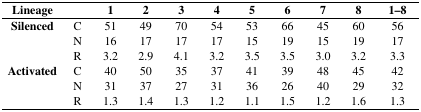
<table><thead><tr><td><b>Lineage</b></td><td></td><td><b>1</b></td><td><b>2</b></td><td><b>3</b></td><td><b>4</b></td><td><b>5</b></td><td><b>6</b></td><td><b>7</b></td><td><b>8</b></td><td><b>1–8</b></td></tr></thead><tbody><tr><td><b>Silenced</b></td><td>C</td><td>51</td><td>49</td><td>70</td><td>54</td><td>53</td><td>66</td><td>45</td><td>60</td><td>56</td></tr><tr><td></td><td>N</td><td>16</td><td>17</td><td>17</td><td>17</td><td>15</td><td>19</td><td>15</td><td>19</td><td>17</td></tr><tr><td></td><td>R</td><td>3.2</td><td>2.9</td><td>4.1</td><td>3.2</td><td>3.5</td><td>3.5</td><td>3.0</td><td>3.2</td><td>3.3</td></tr><tr><td><b>Activated</b></td><td>C</td><td>40</td><td>50</td><td>35</td><td>37</td><td>41</td><td>39</td><td>48</td><td>45</td><td>42</td></tr><tr><td></td><td>N</td><td>31</td><td>37</td><td>27</td><td>31</td><td>36</td><td>26</td><td>40</td><td>29</td><td>32</td></tr><tr><td></td><td>R</td><td>1.3</td><td>1.4</td><td>1.3</td><td>1.2</td><td>1.1</td><td>1.5</td><td>1.2</td><td>1.6</td><td>1.3</td></tr></tbody></table>